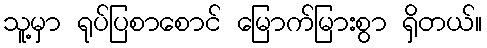
သူ့မှာ ရုပ်ပြစာစောင် မြောက်မြားစွာ ရှိတယ်။